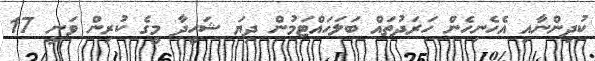
ކުދިންނާއި އެހެނިހެން ހަރަދުތައް ބަލަހައްޓަމުން ދިޔަ ޝަހީދާ މީގެ ކުރިން ވަނީ 17